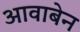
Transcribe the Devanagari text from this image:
आवाबेन